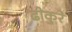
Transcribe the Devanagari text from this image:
ढीकुरे